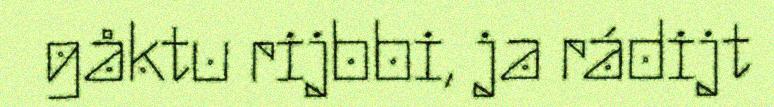
gåktu rijbbi, ja rádijt